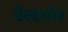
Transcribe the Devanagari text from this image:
वेस्टमोर